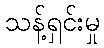
သန့်ရှင်းမှု